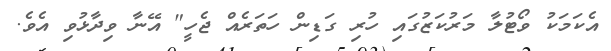
އެކަމަކު ވޯޓުލާ މަރުކަޒުގައި ހުރި ގަޑިން ހަތަރެއް ޖެހީ" އޭނާ ވިދާޅުވި އެވެ.